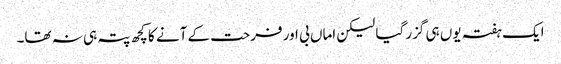
ایک ہفتہ یوں ہی گزر گیا لیکن اماں بی اور فرحت کے آنے کا کچھ پتہ ہی نہ تھا۔